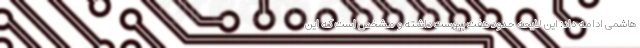
هاشمی ادامه داد: این لایحه حدود هفت پیوست داشته و مشخص است که این